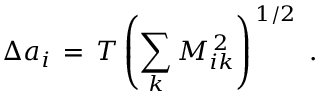
\Delta a _ { i } \, = \, T \left( \sum _ { k } M _ { i k } ^ { \, 2 } \right) ^ { \, 1 / 2 } \; .